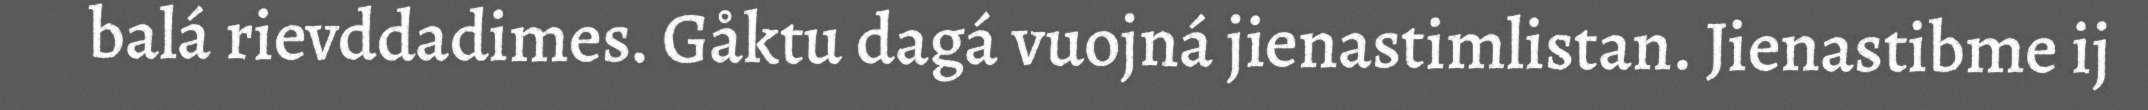
balá rievddadimes. Gåktu dagá vuojná jienastimlistan. Jienastibme ij